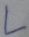
Text: L